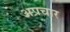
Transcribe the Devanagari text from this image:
अप्रचार